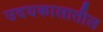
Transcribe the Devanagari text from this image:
उदयकालातील